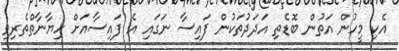
އެކި މީހުން އަތުން ބޮޑެތި އަދަދުތަކުން ފައިސާ ނަގައި އެ ފައިސާއަށް ހިޔާނާތްތެރިވި